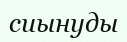
сиынуды